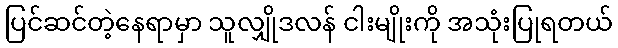
ပြင်ဆင်တဲ့နေရာမှာ သူလျှိုဒလန် ငါးမျိုးကို အသုံးပြုရတယ်